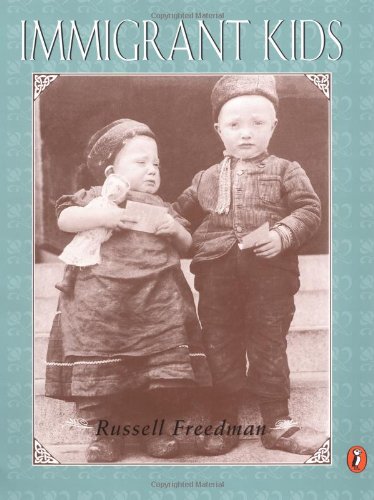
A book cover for IMMIGRANT KIDS (PAPERBACK) 1995C PUFFIN; Russell Freedman; Children's Books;